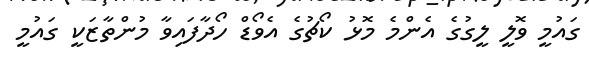
ގައުމީ ވޮލީ ލީގުގެ އެންމެ މޮޅު ކޯޗުގެ އެވޯޑް ހޯދާފައިވާ މުންތާޒަކީ ގައުމީ